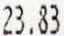
23.83